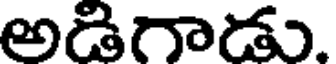
అడిగాడు.